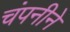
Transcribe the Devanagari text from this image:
चंपनीने